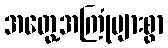
အတွေ့အကြုံများစွာ